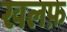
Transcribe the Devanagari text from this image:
खलफ़